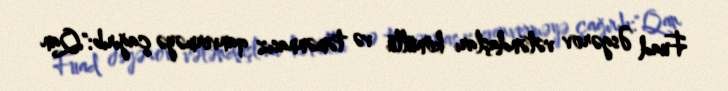
Fuad Əsgərov vətəndaşları könüllü və təmənnasız qanverməyə çağırıb:"Qan